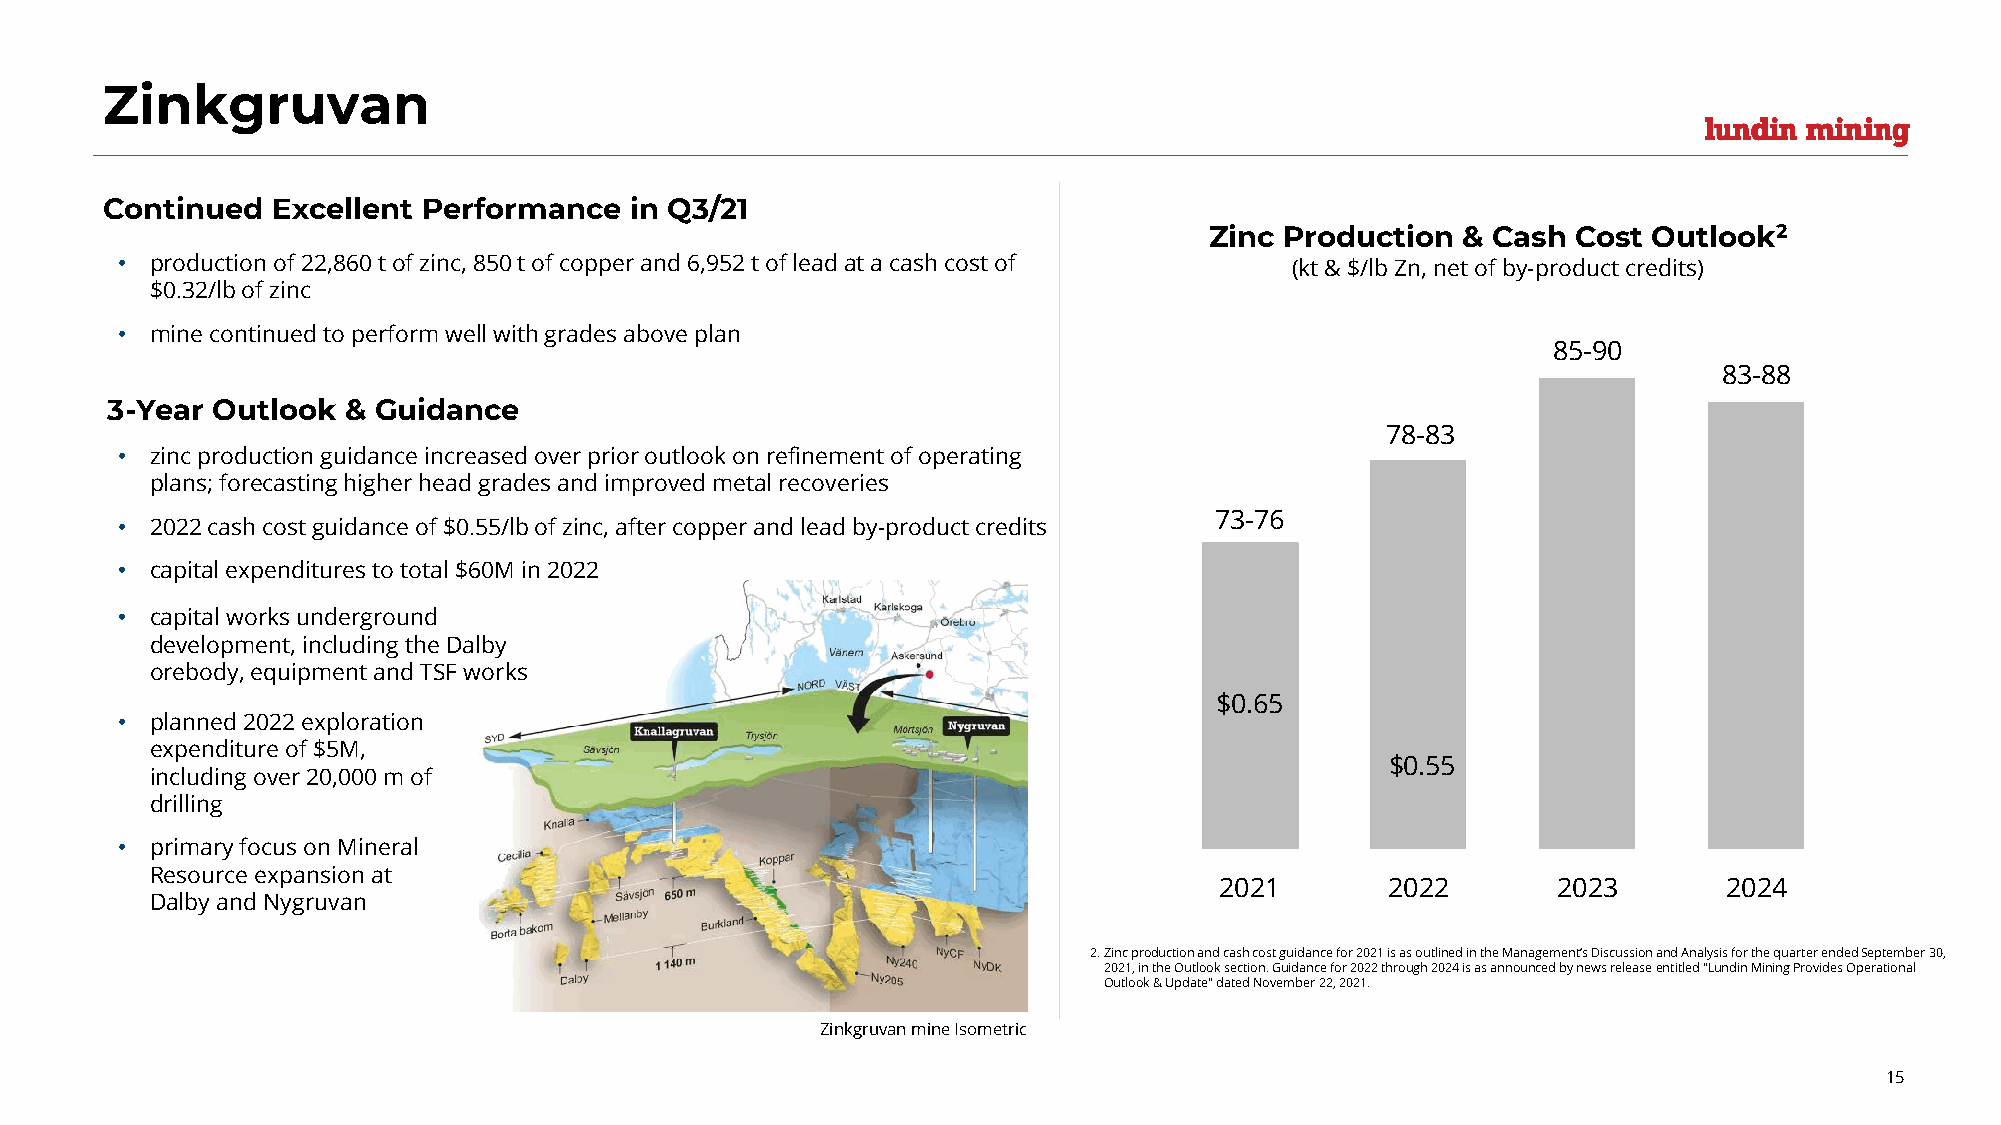
Zinkgruvan
 Continued  Excellent Performance   in Q3/21
 Zinc Production  & Cash Cost Outlook2
 • production of 22,860 t of zinc, 850 t of copper and 6,952 t of lead at a cash cost of (kt & $/lb Zn, net of by-product credits)
 $0.32/lb of zinc
 • mine continued to perform well with grades above plan
 3-Year Outlook  & Guidance
 • zinc production guidance increased over prior outlook on refinement of operating
 plans; forecasting higher head grades and improved metal recoveries
 • 2022 cash cost guidance of $0.55/lb of zinc, after copper and lead by-product credits
 • capital expenditures to total $60M in 2022
 • capital works underground
 development, including the Dalby
 orebody, equipment and TSF works
 • planned 2022 exploration
 expenditure of $5M,
 including over 20,000 m of
 drilling
 • primary focus on Mineral
 Resource expansion at
 Dalby and Nygruvan
 2.Zinc production and cash cost guidance for 2021 is as outlined in the Management’s Discussion and Analysis for the quarter endedSeptember 30,
 2021, in the Outlook section. Guidance for 2022 through 2024 is as announced by news release entitled "Lundin Mining Provides Operational
 Outlook & Update" dated November 22, 2021.
 Zinkgruvan mine Isometric
 15
 7
 $
 2
 3
 0
 0
 - 7
 . 6
 2
 6
 5
 1
 7
 $
 2
 8
 0
 0
 - 8
 . 5
 2
 3
 5
 2
 8
 2
 5
 0
 - 9
 2
 0
 3
 8
 2
 3
 0
 - 8
 2
 8
 4